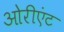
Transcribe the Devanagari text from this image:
ओरीएंट